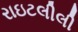
રાઇટલીલી